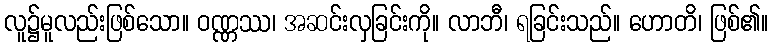
လူ၌မူလည်းဖြစ်သော။ ဝဏ္ဏဿ၊ အဆင်းလှခြင်းကို။ လာဘီ၊ ရခြင်းသည်။ ဟောတိ၊ ဖြစ်၏။